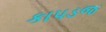
કાપડજ